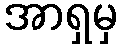
အာရှမှ